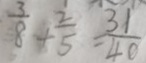
\frac { 3 } { 8 } + \frac { 2 } { 5 } = \frac { 3 1 } { 4 0 }